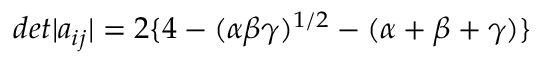
d e t | a _ { i j } | = 2 \{ 4 - ( \alpha \beta \gamma ) ^ { 1 / 2 } - ( \alpha + \beta + \gamma ) \}